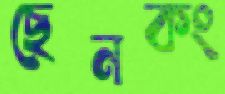
ছেনকং